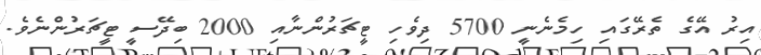
އިރު އޭގެ ތެރޭގައި ހިމެނެނީ 5700 ދިވެހި ޓީޗަރުންނާއިި 2000 ބިދޭސީ ޓީޗަރުންނެވެ.